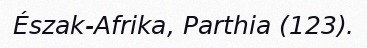
Észak-Afrika, Parthia (123).